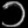
Digit: ၁